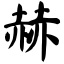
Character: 赫